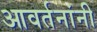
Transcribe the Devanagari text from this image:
आवर्तनांनी